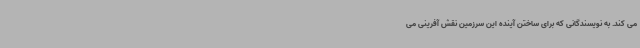
می کند. به نویسندگانی که برای ساختن آینده این سرزمین نقش آفرینی می